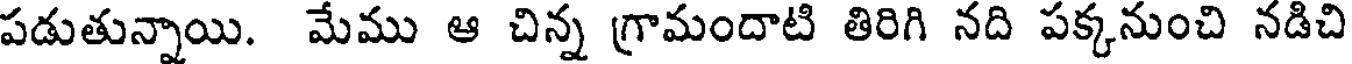
పడుతున్నాయి. మేము ఆ చిన్న గ్రామందాటి తిరిగి నది పక్కనుంచి నడిచి